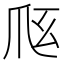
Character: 𰟼